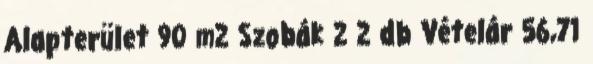
Alapterület 90 m2 Szobák 2 2 db Vételár 56,71